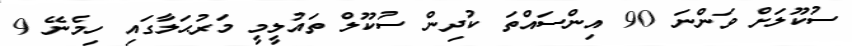
ސުކޫލަށް ވަންނަ 90 އިންސައްތަ ކުދިން ސުކޫލް ތައުލީމީ މަރުޙަލާގައި ހިމެނޭ 9